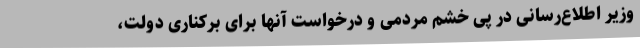
وزیر اطلاع‌رسانی در پی خشم مردمی و درخواست آنها برای برکناری دولت،